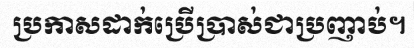
ប្រកាសដាក់ប្រើប្រាស់ជាប្រញាប់។